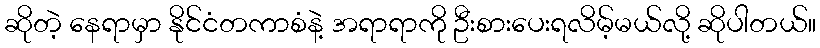
ဆိုတဲ့ နေရာမှာ နိုင်ငံတကာစံနဲ့ အရာရာကို ဦးစားပေးရလိမ့်မယ်လို့ ဆိုပါတယ်။